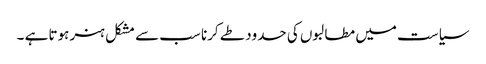
سیاست میں مطالبوں کی حدود طے کرنا سب سے مشکل ہنر ہوتا ہے ۔